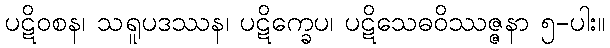
ပဋိဝစန၊ သရူပဒဿန၊ ပဋိက္ခေပ၊ ပဋိသေဓဝိဿဇ္ဇနာ ၅-ပါး။